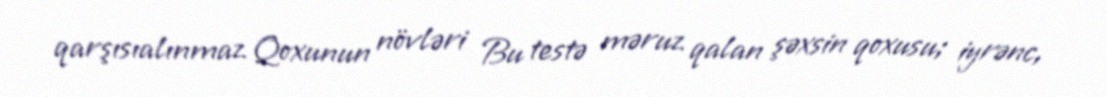
qarşısıalınmaz Qoxunun növləri Bu testə məruz qalan şəxsin qoxusu; iyrənc,